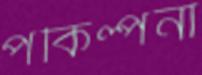
পকিল্পনা